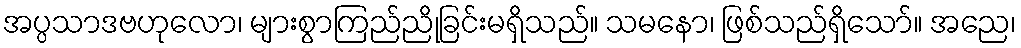
အပ္ပသာဒဗဟုလော၊ များစွာကြည်ညိုခြင်းမရှိသည်။ သမနော၊ ဖြစ်သည်ရှိသော်။ အညေ၊